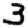
Digit: 3